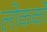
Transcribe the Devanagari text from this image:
लोकको